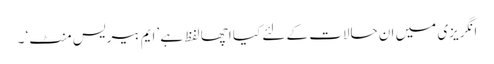
انگریزی میں ان حالات کے لئے کیا اچھا لفظ ہے ’ایم بیریس منٹ‘ ۔